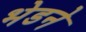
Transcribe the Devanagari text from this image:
भेडने